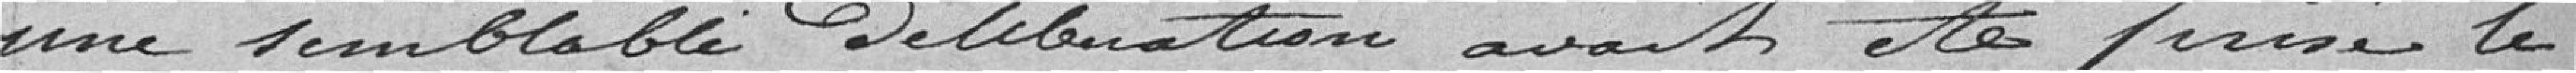
une semblable délibération avait été privée le